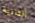
الثانية